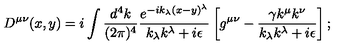
D ^ { \mu \nu } ( x , y ) = i \int \frac { d ^ { 4 } k } { ( 2 \pi ) ^ { 4 } } \frac { e ^ { - i k _ { \lambda } ( x - y ) ^ { \lambda } } } { k _ { \lambda } k ^ { \lambda } + i \epsilon } \left[ g ^ { \mu \nu } - \frac { \gamma k ^ { \mu } k ^ { \nu } } { k _ { \lambda } k ^ { \lambda } + i \epsilon } \right] ;